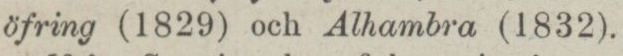
öfring (1829) och Alhambra (1832).